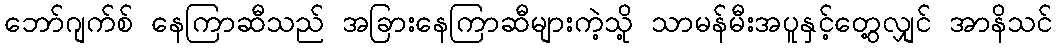
ဘော်ဂျက်စ် နေကြာဆီသည် အခြားနေကြာဆီများကဲ့သို့ သာမန်မီးအပူနှင့်တွေ့လျှင် အာနိသင်